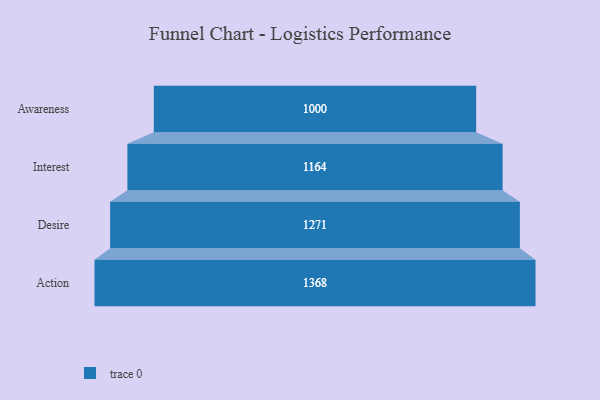
{"axis": {"x": "Stage", "y": "Value"}, "legend": [""], "data": [{"x": "Awareness", "y": 1000.0, "type": ""}, {"x": "Interest", "y": 1164.0, "type": ""}, {"x": "Desire", "y": 1271.0, "type": ""}, {"x": "Action", "y": 1368.0, "type": ""}]}